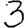
Digit: 3